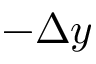
- \Delta y